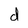
Character: d